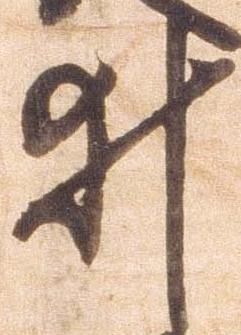
井